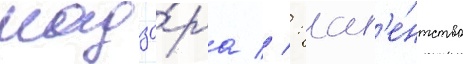
надзо́ра // : аг'е́нтство